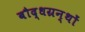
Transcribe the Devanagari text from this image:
बौद्धग्रन्थों